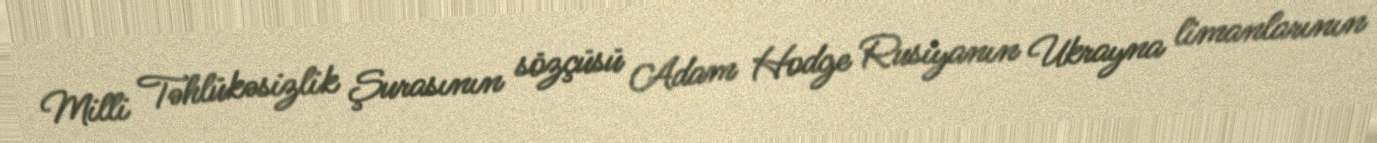
Milli Təhlükəsizlik Şurasının sözçüsü Adam Hodge Rusiyanın Ukrayna limanlarının